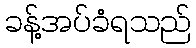
ခန့်အပ်ခံရသည်